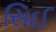
સિઈ